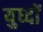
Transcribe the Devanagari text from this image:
युध्दों